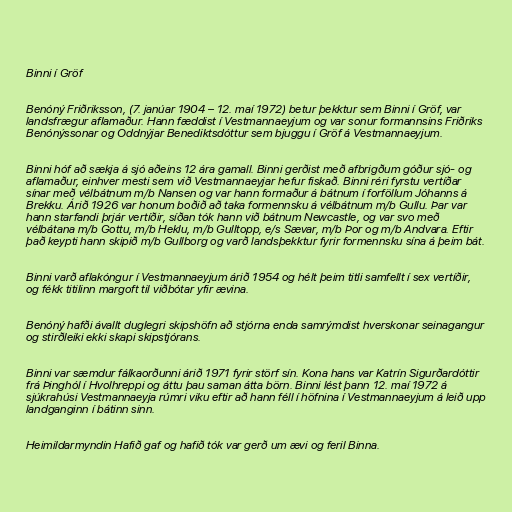
Binni í Gröf

Benóný Friðriksson, (7. janúar 1904 – 12. maí 1972) betur þekktur sem Binni í Gröf, var
landsfrægur aflamaður. Hann fæddist í Vestmannaeyjum og var sonur formannsins Friðriks
Benónýssonar og Oddnýjar Benediktsdóttur sem bjuggu í Gröf á Vestmannaeyjum.

Binni hóf að sækja á sjó aðeins 12 ára gamall. Binni gerðist með afbrigðum góður sjó- og
aflamaður, einhver mesti sem við Vestmannaeyjar hefur fiskað. Binni réri fyrstu vertíðar
sínar með vélbátnum m/b Nansen og var hann formaður á bátnum í forföllum Jóhanns á
Brekku. Árið 1926 var honum boðið að taka formennsku á vélbátnum m/b Gullu. Þar var
hann starfandi þrjár vertíðir, síðan tók hann við bátnum Newcastle, og var svo með
vélbátana m/b Gottu, m/b Heklu, m/b Gulltopp, e/s Sævar, m/b Þor og m/b Andvara. Eftir
það keypti hann skipið m/b Gullborg og varð landsþekktur fyrir formennsku sína á þeim bát.

Binni varð aflakóngur í Vestmannaeyjum árið 1954 og hélt þeim titli samfellt í sex vertíðir,
og fékk titilinn margoft til viðbótar yfir ævina.

Benóný hafði ávallt duglegri skipshöfn að stjórna enda samrýmdist hverskonar seinagangur
og stirðleiki ekki skapi skipstjórans.

Binni var sæmdur fálkaorðunni árið 1971 fyrir störf sín. Kona hans var Katrín Sigurðardóttir
frá Þinghól í Hvolhreppi og áttu þau saman átta börn. Binni lést þann 12. maí 1972 á
sjúkrahúsi Vestmannaeyja rúmri viku eftir að hann féll í höfnina í Vestmannaeyjum á leið upp
landganginn í bátinn sinn.

Heimildarmyndin Hafið gaf og hafið tók var gerð um ævi og feril Binna.